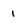
Character: 1